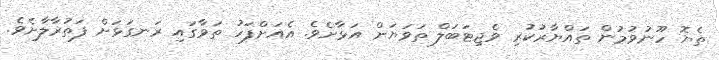
ތެޔޮ ހޫނުވުމުން ތައްޔާރުކުރި ވެޖިޓަބަލް ތަވަޔަށް އަޅާށެވެ. އެއަށްފަހު ތަވާގައި ރަނގަޅަށް ފަތުރާލާށެވެ.